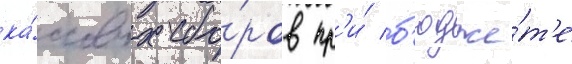
ка́ссовых сбо́ров пр'и́ б'юдже́т'е